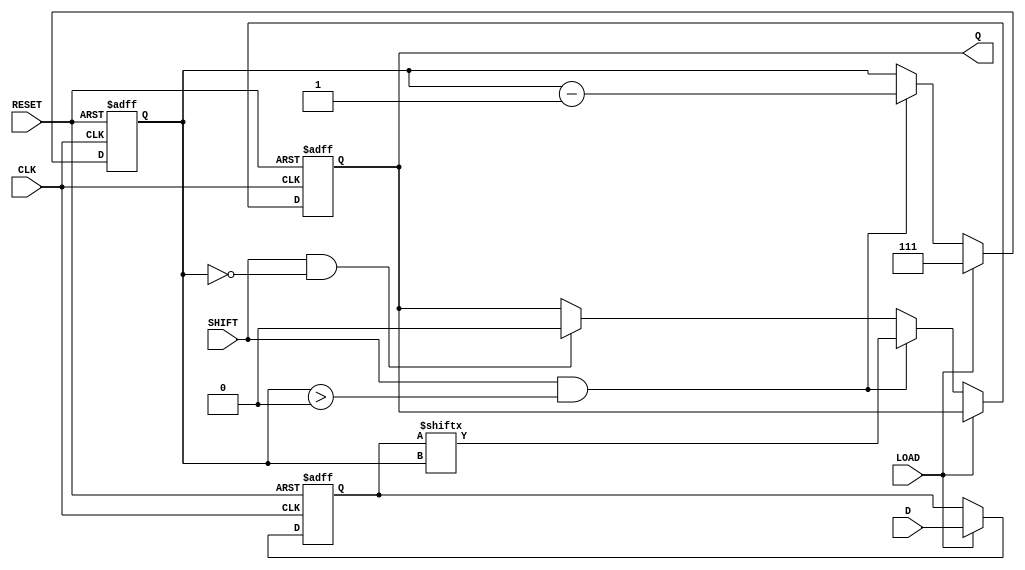
module dynamic_piso_register #(
    parameter WIDTH = 8  // Define the width of the register
)(
    input wire [WIDTH-1:0] D,  // Parallel data inputs
    input wire LOAD,            // Load control signal
    input wire SHIFT,           // Shift control signal
    input wire CLK,             // Clock signal
    input wire RESET,           // Asynchronous reset signal
    output reg Q               // Serial output
);

    // Internal storage for the PISO register
    reg [WIDTH-1:0] storage;
    reg [2:0] shift_counter; // Counter to keep track of the number of shifts

    // Asynchronous reset
    always @(posedge CLK or posedge RESET) begin
        if (RESET) begin
            storage <= 0;        // Clear storage on reset
            Q <= 0;              // Clear output on reset
            shift_counter <= 0;   // Reset shift counter
        end else begin
            if (LOAD) begin
                storage <= D;    // Load data into storage
                shift_counter <= WIDTH - 1; // Set counter to the width of the register
            end else if (SHIFT && shift_counter > 0) begin
                Q <= storage[shift_counter]; // Shift out the MSB
                shift_counter <= shift_counter - 1; // Decrement the shift counter
            end else if (SHIFT && shift_counter == 0) begin
                Q <= 0; // After all bits are shifted out, output zero
            end
        end
    end

endmodule